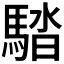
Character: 𩣯